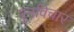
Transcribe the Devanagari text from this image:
पुनविचार